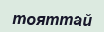
тояттай